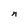
Character: n